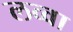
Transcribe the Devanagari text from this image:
लव्वा